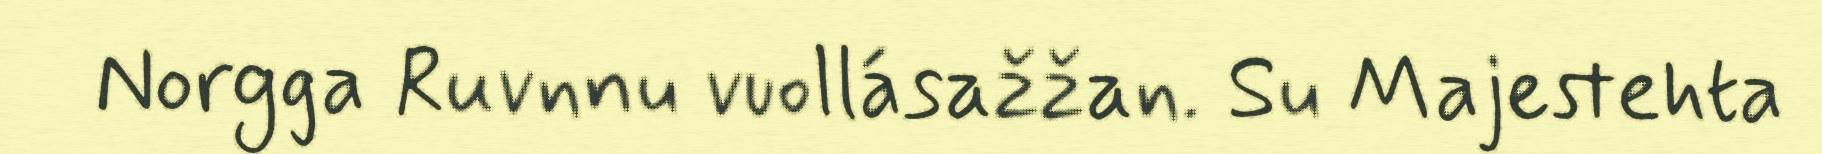
Norgga Ruvnnu vuollásažžan. Su Majestehta